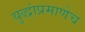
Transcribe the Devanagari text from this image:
युद्धांप्रमाणेच